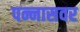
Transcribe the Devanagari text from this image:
पन्नासवर